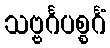
သဗ္ဗင်္ဂပစ္စင်္ဂံ